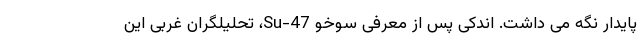
پایدار نگه می داشت. اندکی پس از معرفی سوخو Su-47، تحلیلگران غربی این